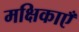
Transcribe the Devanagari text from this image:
मक्षिकाएँ